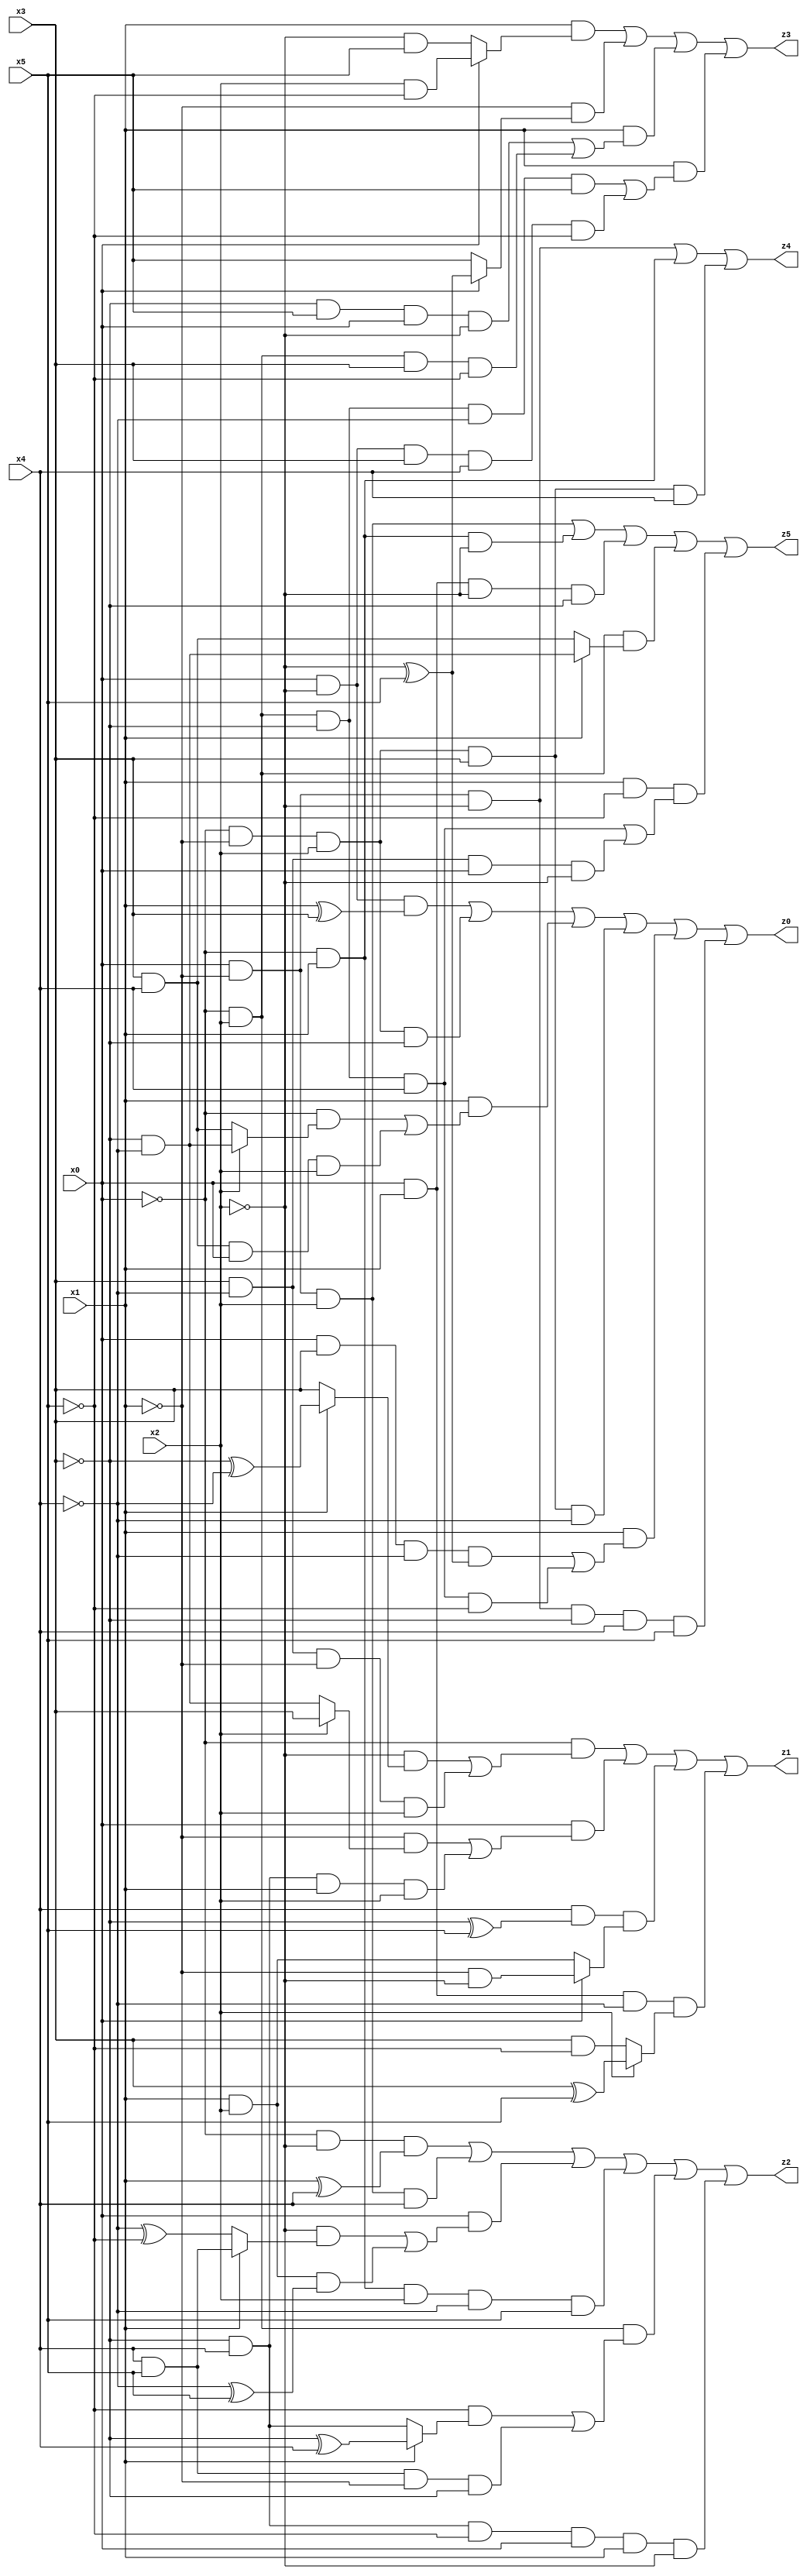
// Benchmark "X_10" written by ABC on Wed Jun 07 23:35:51 2023

module X_10 ( 
    x0, x1, x2, x3, x4, x5,
    z0, z1, z2, z3, z4, z5  );
  input  x0, x1, x2, x3, x4, x5;
  output z0, z1, z2, z3, z4, z5;
  assign z0 = (x0 & ~x2 & (x1 ^ x3)) | (~x0 & ~x1 & x2 & ~x3) | (x1 & ((~x0 & (x2 ? (~x3 & ~x4) : (x3 & x4))) | (x3 & x4 & x0 & x2))) | (~x0 & ~x1 & x2 & x3 & ~x4) | (x1 & ((x0 & x3 & ~x4 & (~x2 ^ x5)) | (~x0 & x2 & ~x3 & x4 & ~x5))) | (x0 & ~x1 & ~x2 & ~x3 & x4 & x5);
  assign z1 = (~x0 & ((~x2 & (x1 ? (~x3 ^ ~x4) : x3)) | (x3 & ~x4 & ~x1 & x2))) | (x0 & ((~x1 & (x2 ? x3 : (~x3 & ~x4))) | (~x3 & x4 & x1 & x2))) | (x4 & (~x3 ^ x5) & (x0 ? (~x1 & ~x2) : (x1 & x2))) | (x0 & x1 & ~x4 & (x2 ? (x3 ^ x5) : (x3 & ~x5)));
  assign z2 = (~x0 & ~x2 & (x1 ^ x4)) | (x0 & ~x1 & x2 & x4) | (x0 & ((~x2 & (x1 ? (x4 & x5) : (~x4 ^ ~x5))) | (x1 & x2 & (~x4 ^ x5)))) | (~x0 & x1 & x2 & ~x4 & x5) | (~x0 & x2 & ((~x5 & (x1 ? (~x3 ^ x4) : (~x3 & x4))) | (x4 & x5 & ~x1 & ~x3))) | (~x3 & x4 & ~x5 & x0 & x1 & ~x2);
  assign z3 = (x1 & (x0 ? (x2 & ~x5) : (~x2 & x5))) | (~x1 & (x0 ? (~x2 ^ x5) : x5)) | (x1 & ((~x3 & x5 & x0 & ~x2) | (~x0 & x2 & x3 & ~x5))) | (x1 & ((~x0 & x2 & ~x3 & ~x4 & x5) | (x0 & ~x2 & x3 & x4 & ~x5)));
  assign z4 = (x0 & ~x1 & ~x2) | (~x0 & x1) | (~x0 & ~x1 & x2 & x3 & x4);
  assign z5 = (x0 & ~x1 & x2) | (~x0 & x1 & ~x2) | (x0 & x1 & ~x2 & ~x3) | (~x0 & x2 & (x1 ? (~x3 & ~x4) : (x3 & x4))) | (x1 & ~x5 & ((~x0 & x2 & ~x3 & x4) | (x3 & ~x4 & x0 & ~x2)));
endmodule